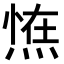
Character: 𭵛